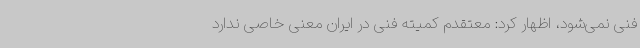
فنی نمی‌شود، اظهار کرد: معتقدم کمیته فنی در ایران معنی خاصی ندارد